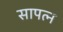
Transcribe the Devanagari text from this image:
सापत्न